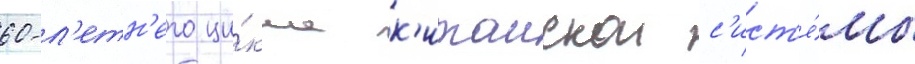
60-л'етн'его ци́кла к'итаискои с'ист'е́мы